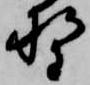
野